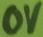
Text: OV